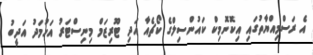
އެ ރަސްމިއްޔާތުގައި އިކޮނޮމިކް ކައުންސިލްގެ ކޯޗެއާ އަދި ޓޫރިޒަމް މިނިސްޓަރު އަހުމަދު އަދީބު